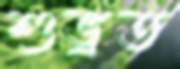
শুভ্রত